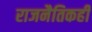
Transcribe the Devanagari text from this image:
राजनैतिकही